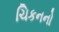
ચિકનનો